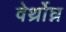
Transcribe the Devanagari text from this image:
वेर्थ्रोघ्न